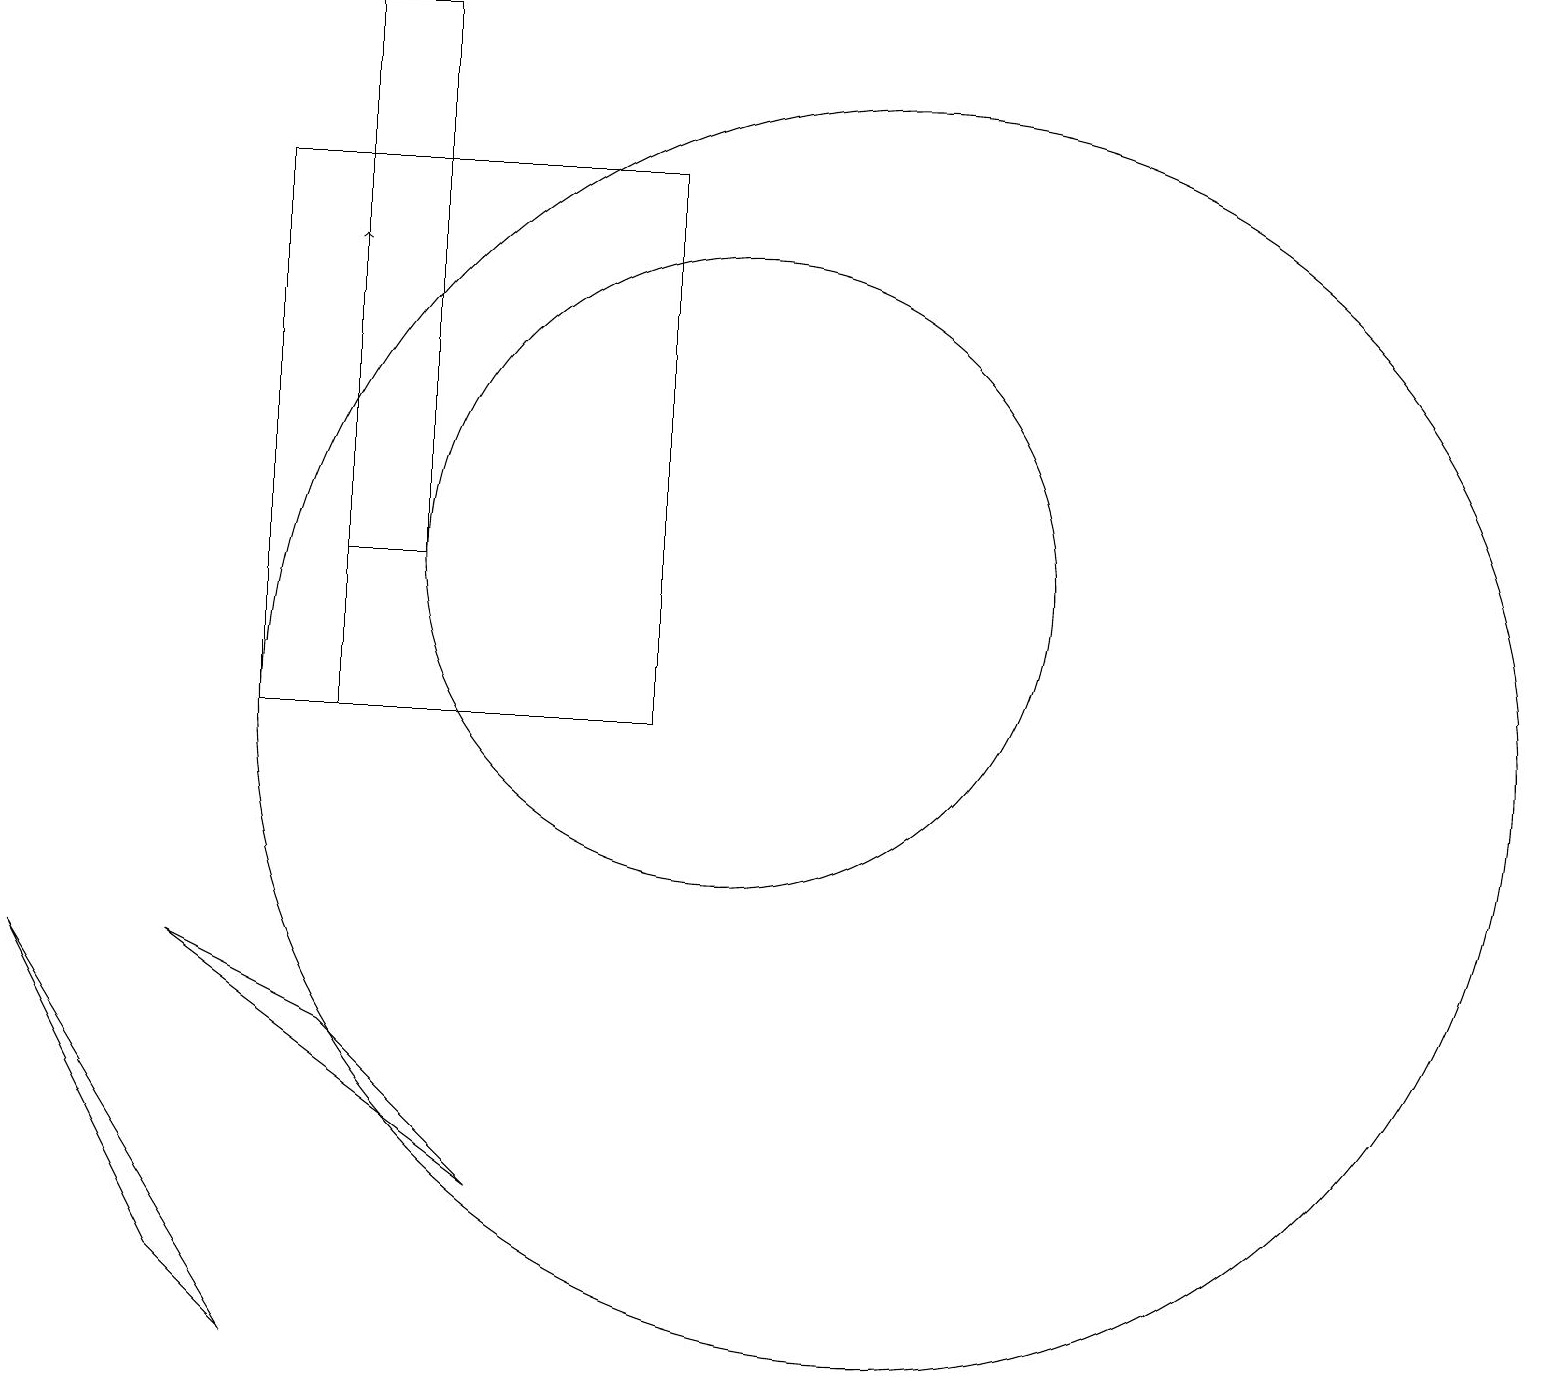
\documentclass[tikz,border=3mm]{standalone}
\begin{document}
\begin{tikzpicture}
\draw (10,12) circle (4);
\draw (12,10) circle (8);
\draw (4,10) rectangle (9,17);
\draw (3,3) -- (4,2) -- (1,7) -- cycle;
\draw[->] (5,10) -- (5,16);
\draw (5,19) rectangle (6,12);
\draw (3,7) -- (5,6) -- (7,4) -- cycle;
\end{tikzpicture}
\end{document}